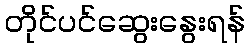
တိုင်ပင်ဆွေးနွေးရန်